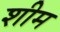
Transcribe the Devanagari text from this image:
शीम